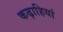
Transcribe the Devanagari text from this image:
कढ़ाहियां